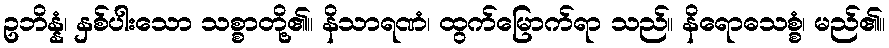
ဥဘိန္နံ၊ နှစ်ပါးသော သစ္စာတို့၏။ နိသာရဏံ၊ ထွက်မြောက်ရာ သည်။ နိရောဓသစ္စံ၊ မည်၏။